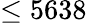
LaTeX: \leq 5638